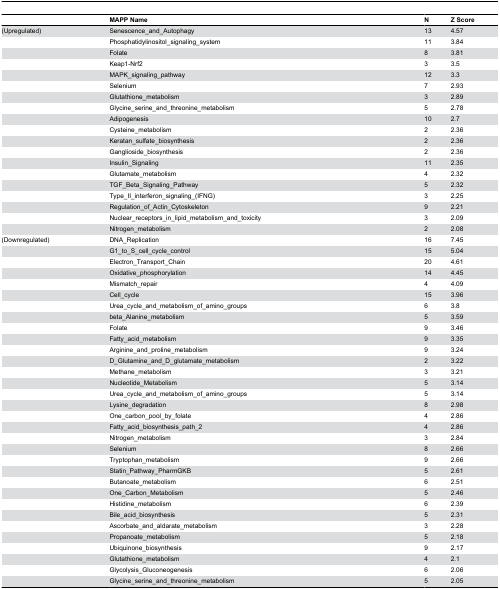
<table><thead><tr><td></td><td><b>MAPP Name</b></td><td><b>N</b></td><td><b>Z Score</b></td></tr></thead><tbody><tr><td>(Upregulated)</td><td>Senescence_and_Autophagy</td><td>13</td><td>4.57</td></tr><tr><td></td><td>Phosphatidylinositol_signaling_system</td><td>11</td><td>3.84</td></tr><tr><td></td><td>Folate</td><td>8</td><td>3.81</td></tr><tr><td></td><td>Keap1-Nrf2</td><td>3</td><td>3.5</td></tr><tr><td></td><td>MAPK_signaling_pathway</td><td>12</td><td>3.3</td></tr><tr><td></td><td>Selenium</td><td>7</td><td>2.93</td></tr><tr><td></td><td>Glutathione_metabolism</td><td>3</td><td>2.89</td></tr><tr><td></td><td>Glycine_serine_and_threonine_metabolism</td><td>5</td><td>2.78</td></tr><tr><td></td><td>Adipogenesis</td><td>10</td><td>2.7</td></tr><tr><td></td><td>Cysteine_metabolism</td><td>2</td><td>2.36</td></tr><tr><td></td><td>Keratan_sulfate_biosynthesis</td><td>2</td><td>2.36</td></tr><tr><td></td><td>Ganglioside_biosynthesis</td><td>2</td><td>2.36</td></tr><tr><td></td><td>Insulin_Signaling</td><td>11</td><td>2.35</td></tr><tr><td></td><td>Glutamate_metabolism</td><td>4</td><td>2.32</td></tr><tr><td></td><td>TGF_Beta_Signaling_Pathway</td><td>5</td><td>2.32</td></tr><tr><td></td><td>Type_II_interferon_signaling_(IFNG)</td><td>3</td><td>2.25</td></tr><tr><td></td><td>Regulation_of_Actin_Cytoskeleton</td><td>9</td><td>2.21</td></tr><tr><td></td><td>Nuclear_receptors_in_lipid_metabolism_and_toxicity</td><td>3</td><td>2.09</td></tr><tr><td></td><td>Nitrogen_metabolism</td><td>2</td><td>2.08</td></tr><tr><td>(Downregulated)</td><td>DNA_Replication</td><td>16</td><td>7.45</td></tr><tr><td></td><td>G1_to_S_cell_cycle_control</td><td>15</td><td>5.04</td></tr><tr><td></td><td>Electron_Transport_Chain</td><td>20</td><td>4.61</td></tr><tr><td></td><td>Oxidative_phosphorylation</td><td>14</td><td>4.45</td></tr><tr><td></td><td>Mismatch_repair</td><td>4</td><td>4.09</td></tr><tr><td></td><td>Cell_cycle</td><td>15</td><td>3.96</td></tr><tr><td></td><td>Urea_cycle_and_metabolism_of_amino_groups</td><td>6</td><td>3.8</td></tr><tr><td></td><td>beta_Alanine_metabolism</td><td>5</td><td>3.59</td></tr><tr><td></td><td>Folate</td><td>9</td><td>3.46</td></tr><tr><td></td><td>Fatty_acid_metabolism</td><td>9</td><td>3.35</td></tr><tr><td></td><td>Arginine_and_proline_metabolism</td><td>9</td><td>3.24</td></tr><tr><td></td><td>D_Glutamine_and_D_glutamate_metabolism</td><td>2</td><td>3.22</td></tr><tr><td></td><td>Methane_metabolism</td><td>3</td><td>3.21</td></tr><tr><td></td><td>Nucleotide_Metabolism</td><td>5</td><td>3.14</td></tr><tr><td></td><td>Urea_cycle_and_metabolism_of_amino_groups</td><td>5</td><td>3.14</td></tr><tr><td></td><td>Lysine_degradation</td><td>8</td><td>2.98</td></tr><tr><td></td><td>One_carbon_pool_by_folate</td><td>4</td><td>2.86</td></tr><tr><td></td><td>Fatty_acid_biosynthesis_path_2</td><td>4</td><td>2.86</td></tr><tr><td></td><td>Nitrogen_metabolism</td><td>3</td><td>2.84</td></tr><tr><td></td><td>Selenium</td><td>8</td><td>2.66</td></tr><tr><td></td><td>Tryptophan_metabolism</td><td>9</td><td>2.66</td></tr><tr><td></td><td>Statin_Pathway_PharmGKB</td><td>5</td><td>2.61</td></tr><tr><td></td><td>Butanoate_metabolism</td><td>6</td><td>2.51</td></tr><tr><td></td><td>One_Carbon_Metabolism</td><td>5</td><td>2.46</td></tr><tr><td></td><td>Histidine_metabolism</td><td>6</td><td>2.39</td></tr><tr><td></td><td>Bile_acid_biosynthesis</td><td>5</td><td>2.31</td></tr><tr><td></td><td>Ascorbate_and_aldarate_metabolism</td><td>3</td><td>2.28</td></tr><tr><td></td><td>Propanoate_metabolism</td><td>5</td><td>2.18</td></tr><tr><td></td><td>Ubiquinone_biosynthesis</td><td>9</td><td>2.17</td></tr><tr><td></td><td>Glutathione_metabolism</td><td>4</td><td>2.1</td></tr><tr><td></td><td>Glycolysis_Gluconeogenesis</td><td>6</td><td>2.06</td></tr><tr><td></td><td>Glycine_serine_and_threonine_metabolism</td><td>5</td><td>2.05</td></tr></tbody></table>